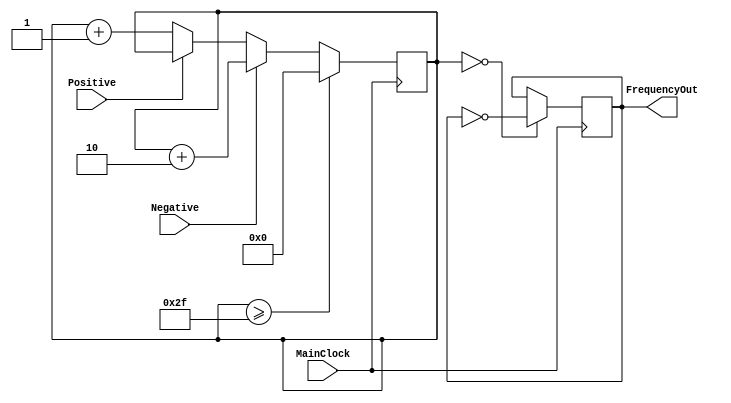

/* frequency divider and phase controller */

module freqdivider(MainClock, Positive, Negative, FrequencyOut);
 input MainClock;                 // main clock
 input Positive, Negative;    // signals Positive, Negative are synchronous with MainClock
 output FrequencyOut;         // output frequency

/* needed counter length */
parameter DividerLength   = 7;

/*  controlled prescaler, after this prescales the "divider by 2" installed,     */
/*  so composite divide coefficient will be equivalent of 96 (in this example) - */
/*  it's necessary for work DPLL on frequency 192kHz with oscillator             */
/*  frequency 18432kHz                                                           */
/* additional divider by 2 used for getting output signal with duty factor of 2  */

parameter DividerMaxValue = 48;

reg [DividerLength-1 : 0] DividerCounter;
reg FrequencyOut;        // registered output

/* Process of freq. division according to  signals from Random  Deviations Filter:  */
/* if "lag" then counter will incremented by 2                                                                          */
/* if "lead" then counter will not changed                                                                                */
/* if there is no phase lead or lag then counter normally incremented by 1                          */

always @(posedge MainClock)
 begin
  if(DividerCounter >= (DividerMaxValue - 1))
    DividerCounter <= 0;
    else if(Negative)       DividerCounter <= DividerCounter + 2;
          else if(Positive) DividerCounter <= DividerCounter;
                else        DividerCounter <= DividerCounter + 1;
  if(DividerCounter == 0) FrequencyOut <= ~FrequencyOut;           // additional divider by 2 - for producing 50% duty factor of the output signal
 end

endmodule